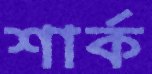
শার্ক